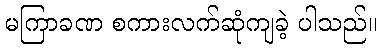
မကြာခဏ စကားလက်ဆုံကျခဲ့ ပါသည်။